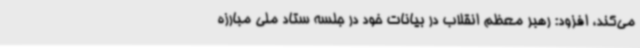
می‌کند، افزود: رهبر معظم انقلاب در بیانات خود در جلسه ستاد ملی مبارزه